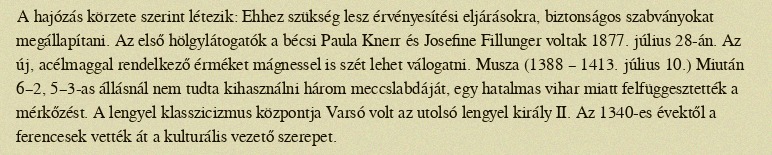
A hajózás körzete szerint létezik: Ehhez szükség lesz érvényesítési eljárásokra, biztonságos szabványokat megállapítani. Az első hölgylátogatók a bécsi Paula Knerr és Josefine Fillunger voltak 1877. július 28-án. Az új, acélmaggal rendelkező érméket mágnessel is szét lehet válogatni. Musza (1388 – 1413. július 10.) Miután 6–2, 5–3-as állásnál nem tudta kihasználni három meccslabdáját, egy hatalmas vihar miatt felfüggesztették a mérkőzést. A lengyel klasszicizmus központja Varsó volt az utolsó lengyel király II. Az 1340-es évektől a ferencesek vették át a kulturális vezető szerepet.